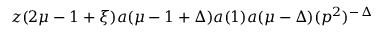
z ( 2 \mu - 1 + \xi ) a ( \mu - 1 + \Delta ) a ( 1 ) a ( \mu - \Delta ) ( p ^ { 2 } ) ^ { - \, \Delta }